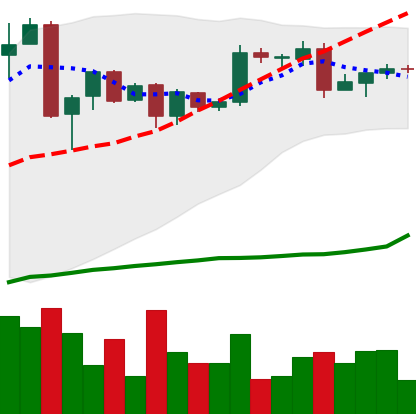
Ticker: BTC-USD
Chart end date: 2016-05-14
Forward return: -3.721%
Label: down_3_5